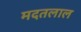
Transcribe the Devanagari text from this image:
मदतलाल